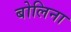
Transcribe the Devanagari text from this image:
बोलिना